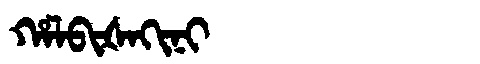
Manchu: ᡥᠠᠯᠪᡳᡧᠠᡴᡳᠨᡳ
Romanization: HALBIŠAKINI